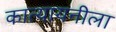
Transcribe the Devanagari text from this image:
कात्यायनीला